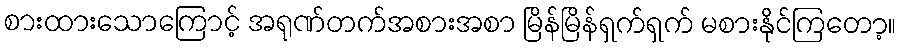
စားထားသောကြောင့် အရုဏ်တက်အစားအစာ မြိန်မြိန်ရှက်ရှက် မစားနိုင်ကြတော့။